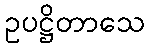
ဥပဋ္ဌိတာသေ